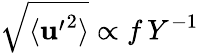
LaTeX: \sqrt{\langle{\mathbf u^{\prime}}^{2}\rangle}\propto f\, Y^{-1}